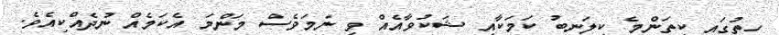
ހިތުގައި ކިތަންމެ ކިލަނބު ކަމަކާއި ޝަކުވާއެއް ވި ނަމަވެސް މަންމަ އެކަމެއް ނުދެއްކިއެވެ.